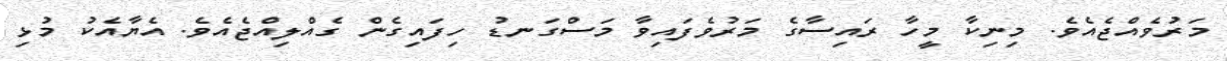
މަރުވެއްޖެއެވެ. މިނިކާ މީހާ ރައިސާގެ މަރުވެފައިވާ މަސްގަނޑު ހިފައިގެން ގެއްލިއްޖެއެވެ. އެޔާއެކު މުޅި